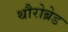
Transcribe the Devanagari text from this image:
थौरोब्रेड